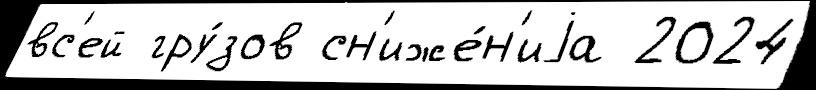
вс'ей гру́зов сн'иже́н'иjа 2024